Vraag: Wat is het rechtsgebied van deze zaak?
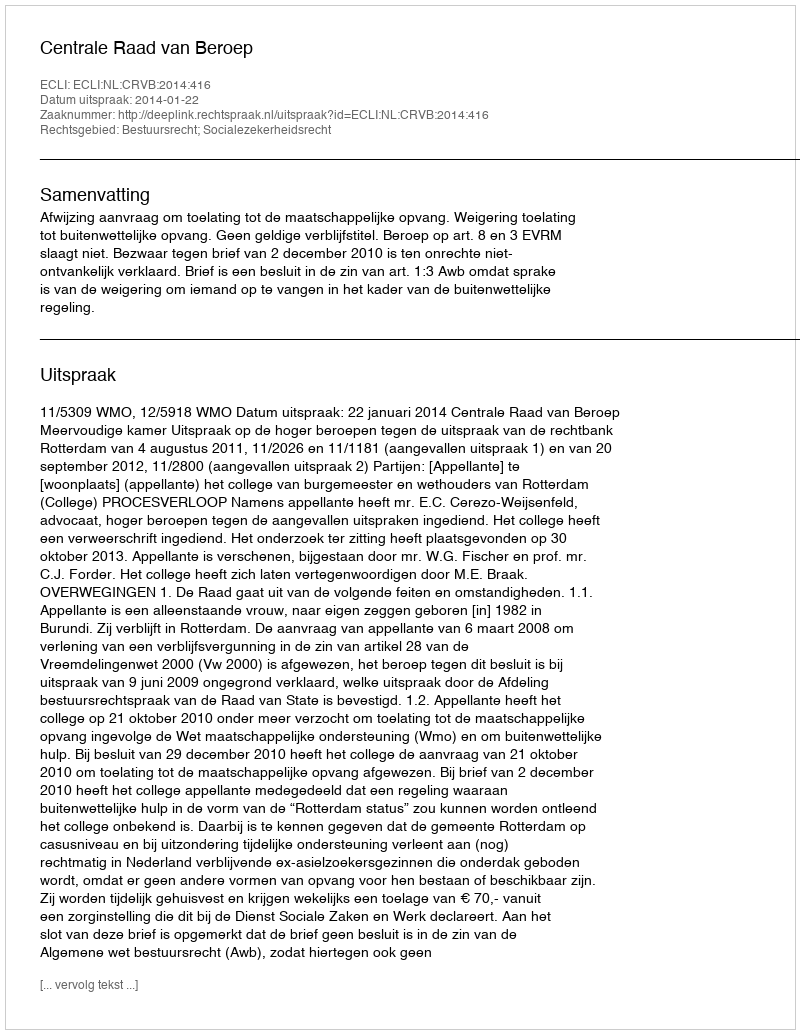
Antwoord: Bestuursrecht; Socialezekerheidsrecht